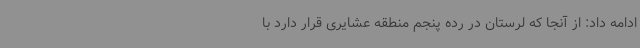
ادامه داد: از آنجا که لرستان در رده پنجم منطقه عشایری قرار دارد با